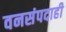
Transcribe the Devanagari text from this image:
वनसंपदाही